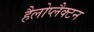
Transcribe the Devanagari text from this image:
हैलोप्लैक्टन